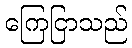
ကြေငြာသည်